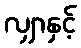
လျှာနှင့်